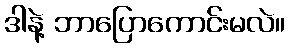
ဒါနဲ့ ဘာပြောကောင်းမလဲ။